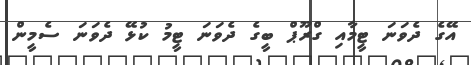
އޭގެ ދެވަނަ ޓީމާއި ގްރޫޕް ބީގެ ދެވަނަ ޓީމު ކުޅޭ ދެވަނަ ސެމީން